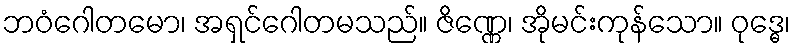
ဘဝံဂေါတမော၊ အရှင်ဂေါတမသည်။ ဇိဏ္ဏေ၊ အိုမင်းကုန်သော။ ဝုဒ္ဓေ၊